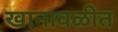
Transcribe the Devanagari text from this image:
खानावळीत